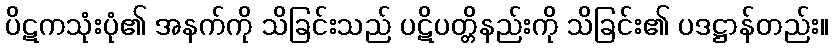
ပိဋကသုံးပုံ၏ အနက်ကို သိခြင်းသည် ပဋိပတ္တိနည်းကို သိခြင်း၏ ပဒဋ္ဌာန်တည်း။